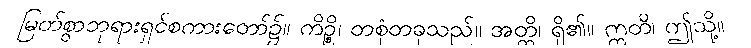
မြတ်စွာဘုရားရှင်စကားတော်၌။ ကိဉ္စိ၊ တစုံတခုသည်။ အတ္ထိ၊ ရှိ၏။ ဣတိ၊ ဤသို့။